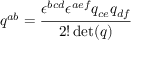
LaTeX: q ^ { a b } = { \frac { \epsilon ^ { b c d } \epsilon ^ { a e f } q _ { c e } q _ { d f } } { 2 ! \operatorname* { d e t } ( q ) } }